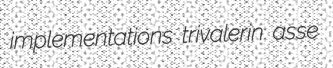
implementations trivalerin asse